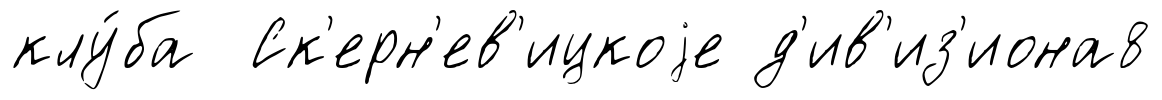
клу́ба Ск'ерн'ев'ицкоjе д'ив'из'иона8